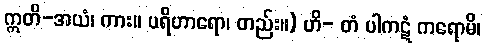
ဣတိ-အယံ၊ ကား။ ပရိဟာရော၊ တည်း။) ဟိ- တံ ပါကဋံ ကရောမိ၊